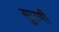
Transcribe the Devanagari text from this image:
सुपर्णी